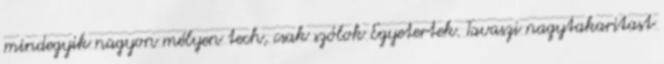
mindegyik nagyon mélyen tech, csak szólok Egyetertek. Tavaszi nagytakaritast